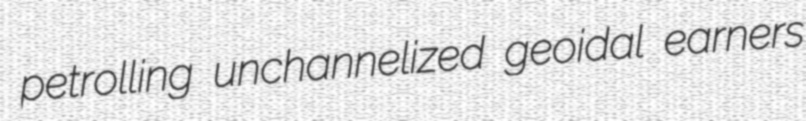
petrolling unchannelized geoidal earners